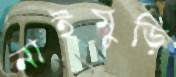
নাইমুড়ি